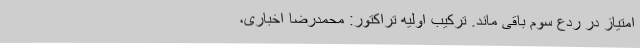
امتیاز در ردع سوم باقی ماند. ترکیب اولیه تراکتور: محمدرضا اخباری،